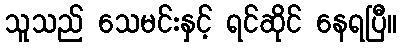
သူသည် သေမင်းနှင့် ရင်ဆိုင် နေရပြီ။